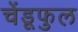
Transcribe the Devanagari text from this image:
चेंडूफुल